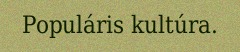
Populáris kultúra.